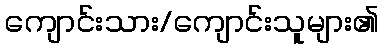
ကျောင်းသား/ကျောင်းသူများ၏